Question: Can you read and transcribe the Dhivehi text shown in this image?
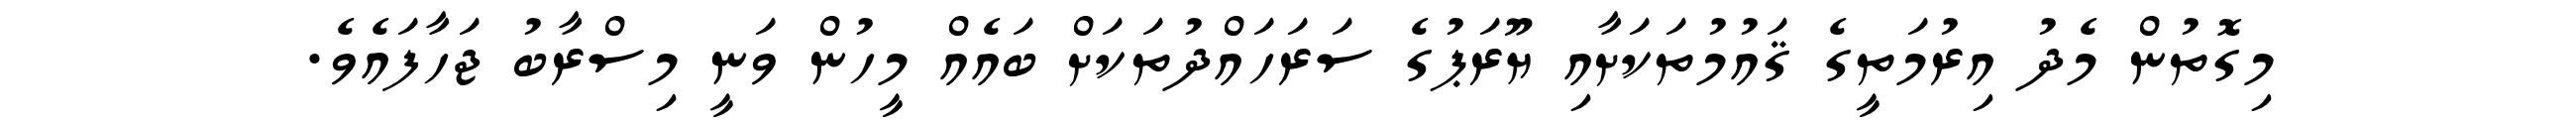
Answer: މިގޮތުން މެދު އިރުމަތީގެ ޤައުމުތަކަށާއި ޔޫރަޕުގެ ސަރަހައްދުތަކަށް ބައެއް މީހުން ވަނީ މިސްރާބު ޖަހާފައެވެ.